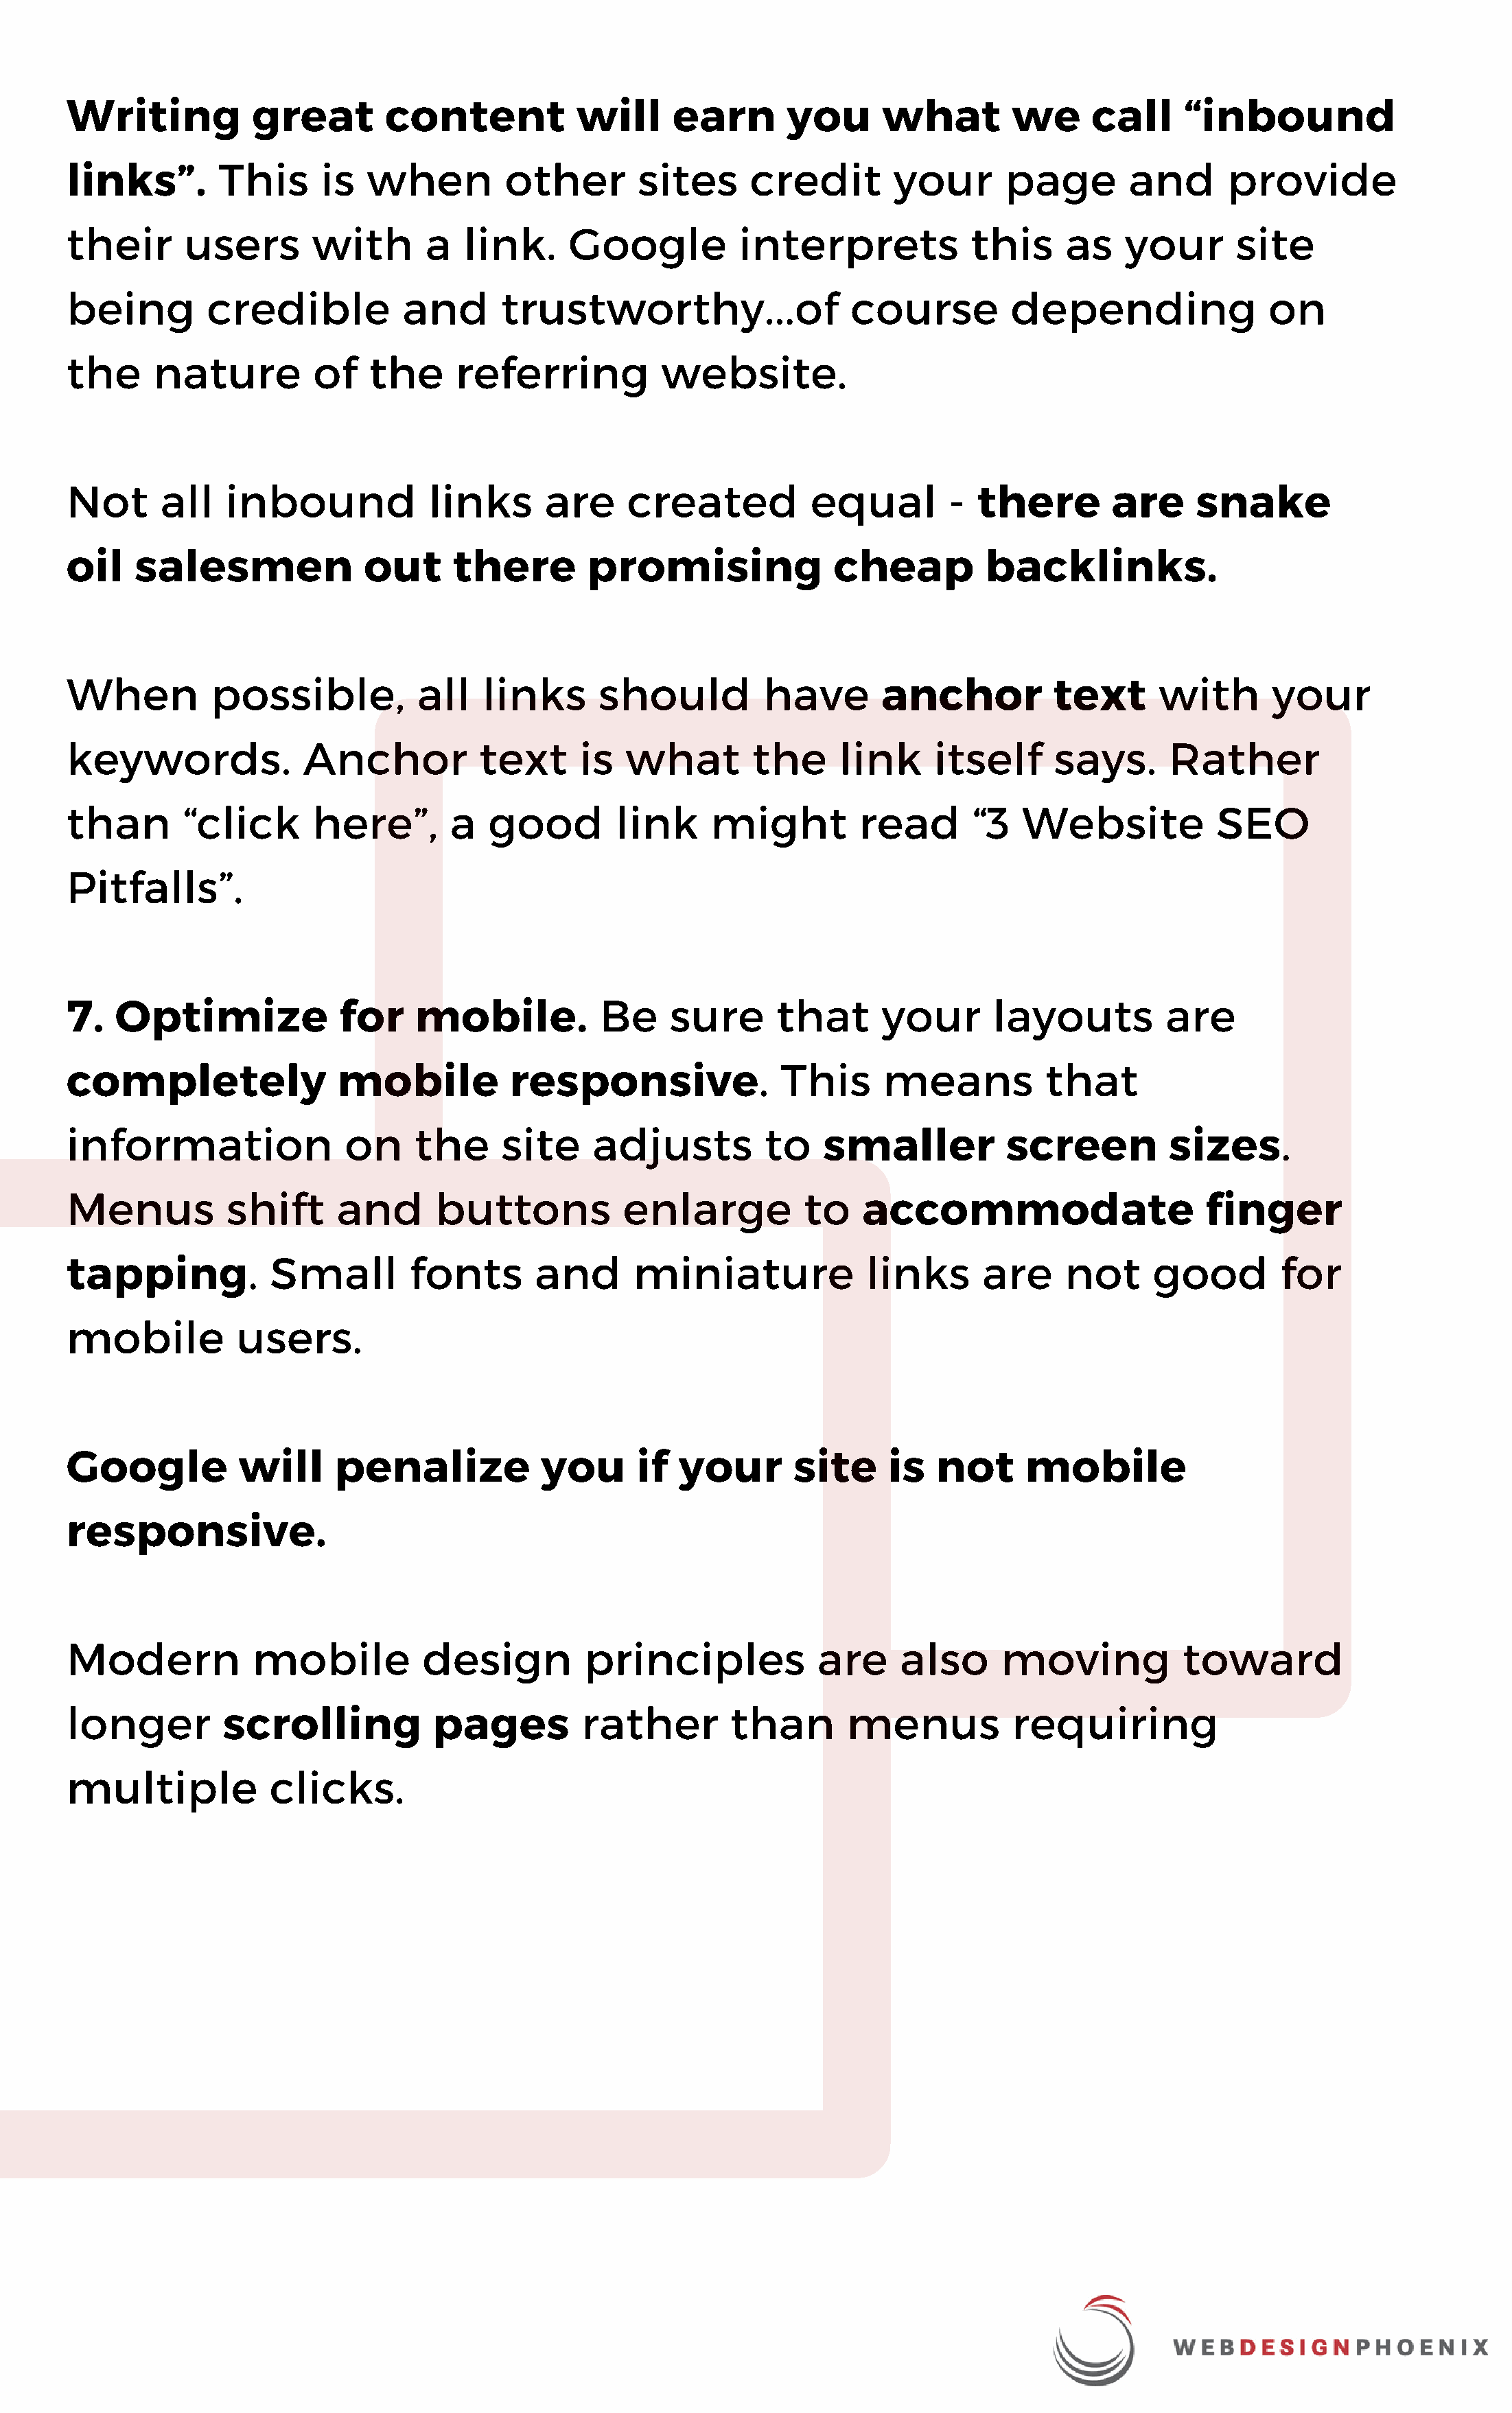
Writing           great        content            will     earn       you      what         we     call     “inbound
 links”.        This      is  when          other       sites      credit        your       page        and      provide
 their       users       with       a   link.     Google          interprets             this     as   your       site
 being         credible           and      trustworthy...of                  course         depending                on
 the      nature         of    the     referring           website.
 Not      all    inbound            links       are    created           equal        -  there        are     snake
 oil    salesmen              out      there        promising              cheap          backlinks.
 When          possible,           all    links      should          have       anchor           text      with       your
 keywords.              Anchor           text      is  what         the     link     itself      says.      Rather
 than        “click      here”,       a   good        link      might         read       “3   Website           SEO
 Pitfalls”.
 7.   Optimize              for    mobile.           Be     sure      that      your       layouts         are
 completely                 mobile          responsive.               This      means           that
 information                on     the     site     adjusts          to   smaller           screen          sizes.
 Menus           shift     and       buttons           enlarge           to   accommodate                      finger
 tapping.            Small         fonts       and      miniature              links      are     not     good        for
 mobile           users.
 Google           will     penalize            you      if  your       site      is  not      mobile
 responsive.
 Modern            mobile           design         principles             are     also      moving           toward
 longer         scrolling            pages         rather        than        menus           requiring
 multiple            clicks.